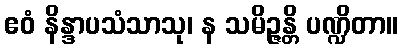
ဧဝံ နိန္ဒာပသံသာသု၊ န သမိဉ္ဇန္တိ ပဏ္ဍိတာ။